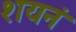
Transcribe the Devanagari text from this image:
शयनं